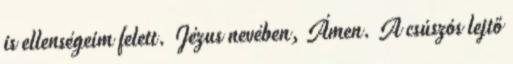
is ellenségeim felett. Jézus nevében, Ámen. A csúszós lejtő